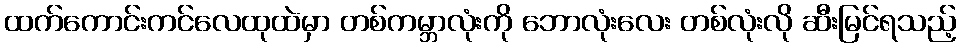
ထက်ကောင်းကင်လေထုထဲမှာ တစ်ကမ္ဘာလုံးကို ဘောလုံးလေး တစ်လုံးလို ဆီးမြင်ရသည့်